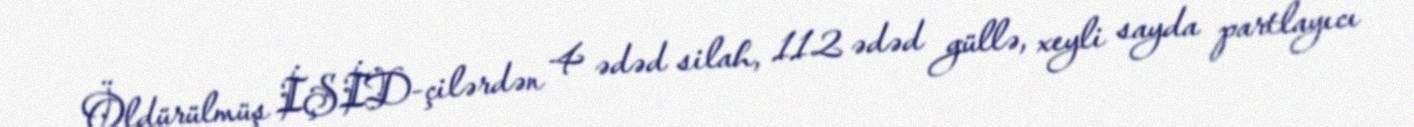
Öldürülmüş İŞİD-çilərdən 4 ədəd silah, 112 ədəd güllə, xeyli sayda partlayıcı